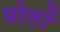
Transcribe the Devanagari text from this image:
भोलों